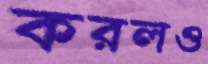
করলও